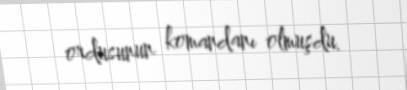
ordusunun komandanı olmuşdu.